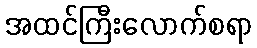
အထင်ကြီးလောက်စရာ